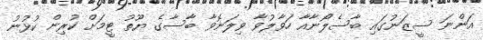
އަންނަ ސީޒަނުގައި ބާސެލޯނާއާ ހަވާލުވާ ވިލަނޮވާ ބާސާގެ ޔޫތު ޓީމަށް ކުރިން ކުޅުނު